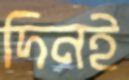
দিনই